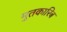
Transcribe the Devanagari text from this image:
मुतकारिब